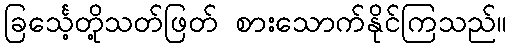
ခြင်္သေ့တို့သတ်ဖြတ် စားသောက်နိုင်ကြသည်။